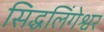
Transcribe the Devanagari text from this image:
सिद्धलिंगेश्वर